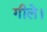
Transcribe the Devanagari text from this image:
गीले।